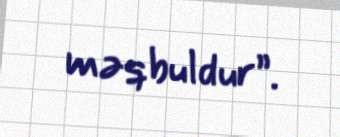
məqbuldur”.